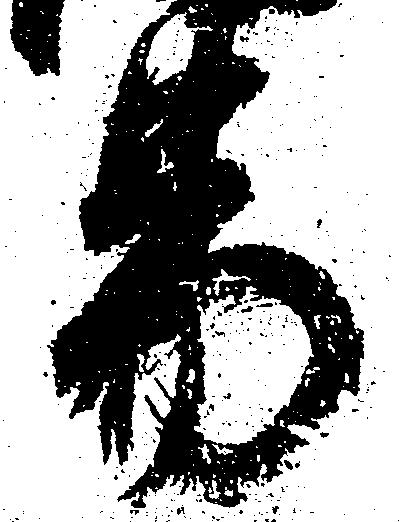
易